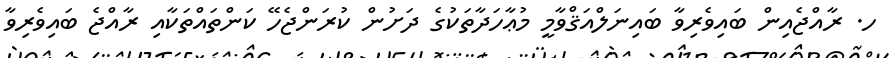
ހ. ރާއްޖެއިން ބައިވެރިވާ ބައިނަލްއަޤްވާމީ މުޢާހަދާތަކުގެ ދަށުން ކުރަންޖެހޭ ކަންތައްތަކާއި ރާއްޖެ ބައިވެރިވާ